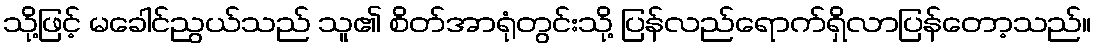
သို့ဖြင့် မခေါင်ညွယ်သည် သူ၏ စိတ်အာရုံတွင်းသို့ ပြန်လည်ရောက်ရှိလာပြန်တော့သည်။